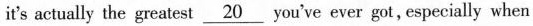
it's actually the greatest \underline{20} you've ever got, especially when